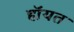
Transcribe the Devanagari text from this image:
हॉयत